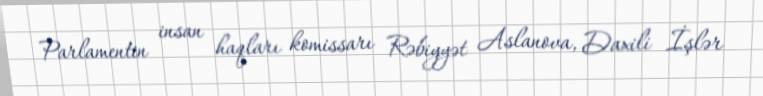
Parlamentin insan haqları komissarı Rəbiyyət Aslanova, Daxili İşlər